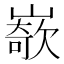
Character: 𡼭